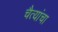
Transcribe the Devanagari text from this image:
चैत्यांचा